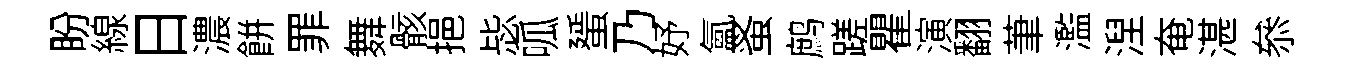
盼線日濃餅罪舞骸挹毖呱蜑乃妤氳蚤鹧蹉瞿演翻茟濫湼奄湛叅